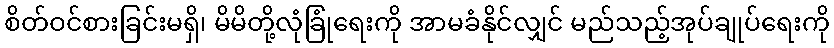
စိတ်ဝင်စားခြင်းမရှိ၊ မိမိတို့လုံခြုံရေးကို အာမခံနိုင်လျှင် မည်သည့်အုပ်ချုပ်ရေးကို